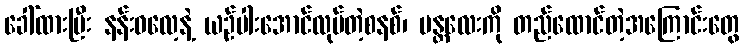
ခေါ်ထားပြီး နန်းဓလေ့နဲ့ ယဉ်ပါးအောင်လုပ်တဲ့စနစ်၊ မန္တလေးကို တည်ထောင်တဲ့အကြောင်းတွေ